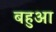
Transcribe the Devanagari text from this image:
बहुआ